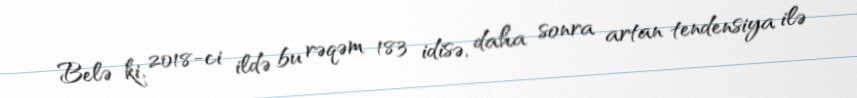
Belə ki, 2018-ci ildə bu rəqəm 183 idisə, daha sonra artan tendensiya ilə